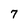
Character: 7